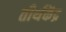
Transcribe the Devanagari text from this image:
तीर्थकेंद्र